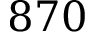
8 7 0